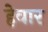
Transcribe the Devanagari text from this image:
हेवार